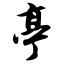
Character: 亭